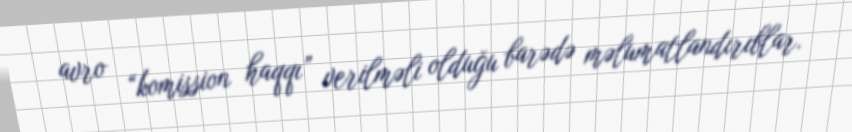
avro “komission haqqı” verilməli olduğu barədə məlumatlandırıblar.